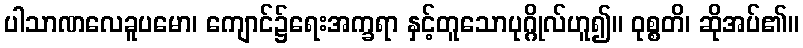
ပါသာဏလေခူပမော၊ ကျောင်၌ရေးအက္ခရာ နှင့်တူသောပုဂ္ဂိုလ်ဟူ၍။ ဝုစ္စတိ၊ ဆိုအပ်၏။